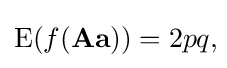
\operatorname {E} (f(\mathbf {Aa} ))=2pq,\!